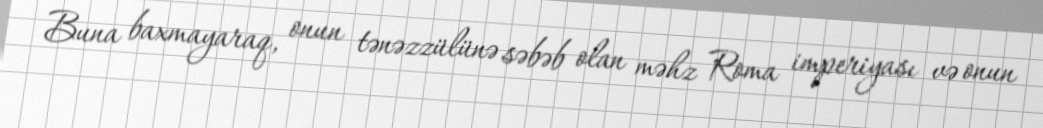
Buna baxmayaraq, onun tənəzzülünə səbəb olan məhz Roma imperiyası və onun